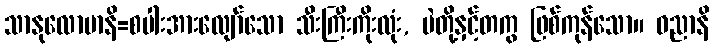
သာနုလောမာနိ=စပါးအားလျော်သော သီးကြီးကိုးလုံး, ပဲတို့နှင့်တကွ ဖြစ်ကုန်သော။ ဓညာနိ